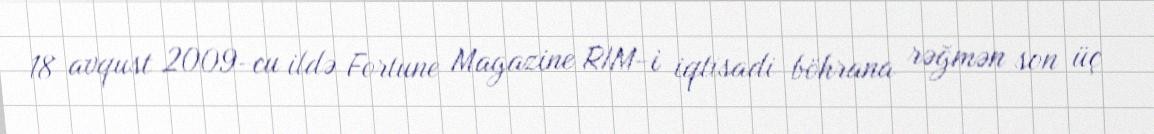
18 avqust 2009-cu ildə Fortune Magazine RIM-i iqtisadi böhrana rəğmən son üç